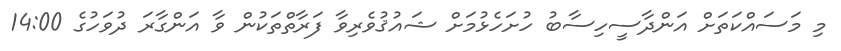
މި މަސައްކަތަށް އަންދާސީހިސާބު ހުށަހެޅުމަށް ޝައުޤުވެރިވާ ފަރާތްތަކުން ވާ އަންގާރަ ދުވަހުގެ 14:00